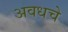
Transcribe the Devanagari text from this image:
अवधचे